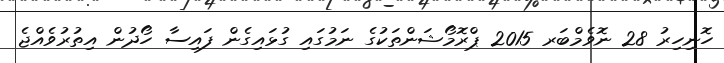
ހޮނިހިރު 28 ނޮވެމްބަރ 2015 ޕްރޮމޯޝަންތަކުގެ ނަމުގައި ގުޅައިގެން ފައިސާ ހޯދުން އިތުރުވެއްޖެ